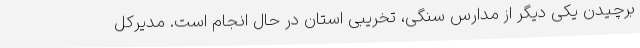
برچیدن یکی دیگر از مدارس سنگی، تخریبی استان در حال انجام است. مدیرکل